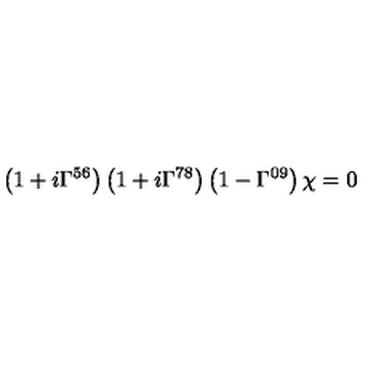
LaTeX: \left( 1 + i \Gamma ^ { 5 6 } \right) \left( 1 + i \Gamma ^ { 7 8 } \right) \left( 1 - \Gamma ^ { 0 9 } \right) \chi = 0